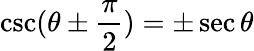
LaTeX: \csc(\theta\pm{\frac{\pi}{2}})=\pm\sec\theta